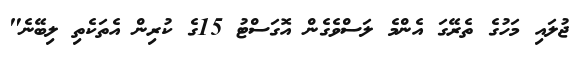
ޖުލައި މަހުގެ ތެރޭގަ އެންމެ ލަސްވެގެން އޮގަސްޓު 15ގެ ކުރިން އެތަކެތި ލިބޭނެ"